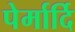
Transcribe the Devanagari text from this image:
पेर्मार्दि